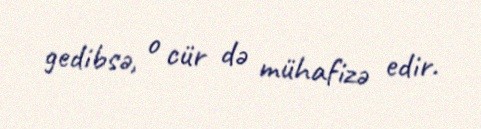
gedibsə, o cür də mühafizə edir.